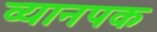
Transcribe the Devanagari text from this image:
व्यानपक